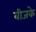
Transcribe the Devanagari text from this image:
बीजके